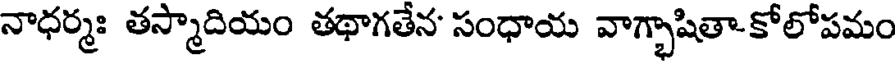
నాధర్మః తస్మాదియం తథాగతేన' సంధాయ వాగ్భాషితా-కోలోపమం